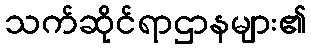
သက်ဆိုင်ရာဌာနများ၏